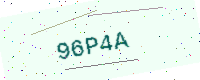
Text: 96P4A